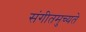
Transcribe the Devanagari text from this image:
संगीतमुच्यते